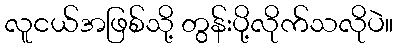
လူငယ်အဖြစ်သို့ တွန်းပို့လိုက်သလိုပဲ။